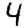
Digit: 4